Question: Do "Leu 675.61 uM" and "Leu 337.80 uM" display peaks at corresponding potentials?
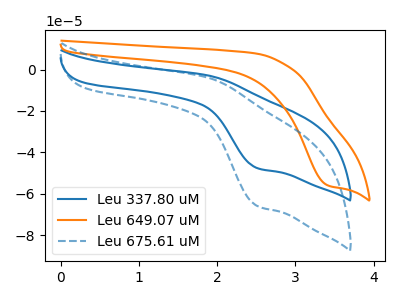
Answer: <think>The blue curve "Leu 337.80 uM" has an anodic peak at (1.90V, -2.90uA) and a cathodic peak at (2.50V, -47.60uA). The orange curve "Leu 649.07 uM" has a cathodic peak at: (3.40V, -56.05uA). The blue dashed curve "Leu 675.61 uM" has an anodic peak at (1.90V, -4.05uA) and a cathodic peak at (2.50V, -65.90uA).</think>
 <answer>Yes, "Leu 675.61 uM" have a peak in "Leu 337.80 uM" at the same potential.</answer>
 <eval>match</eval>